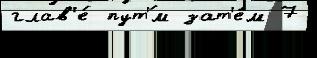
глав'е́ пут'́м зат'е́м 7